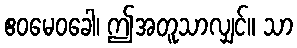
ဧဝမေဝခေါ၊ ဤအတူသာလျှင်။ သာ